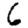
Digit: 6